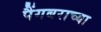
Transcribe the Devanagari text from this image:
पैंगबराच्या